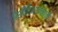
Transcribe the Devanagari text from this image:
पेशीविभाजनाची